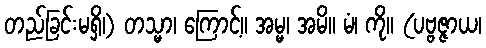
တည်ခြင်းမရှိ၊) တသ္မာ၊ ကြောင့်။ အမ္မ၊ အမိ။ မံ၊ ကို။ (ပဗ္ဗဇ္ဇာယ၊